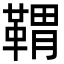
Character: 𩋤